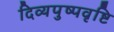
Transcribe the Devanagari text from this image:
दिव्यपुष्पवृष्टि